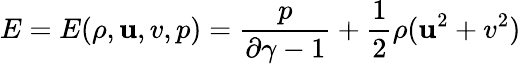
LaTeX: E=E(\rho,\mathbf{u},v,p)=\frac{{p}}{{\partial\gamma-1}}+\frac{{1}}{{2}}\rho(\mathbf{u}^{2}+v^{2})